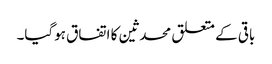
باقی کے متعلق محدثین کا اتفاق ہوگیا۔